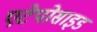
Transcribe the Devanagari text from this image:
एटेपोसाइड